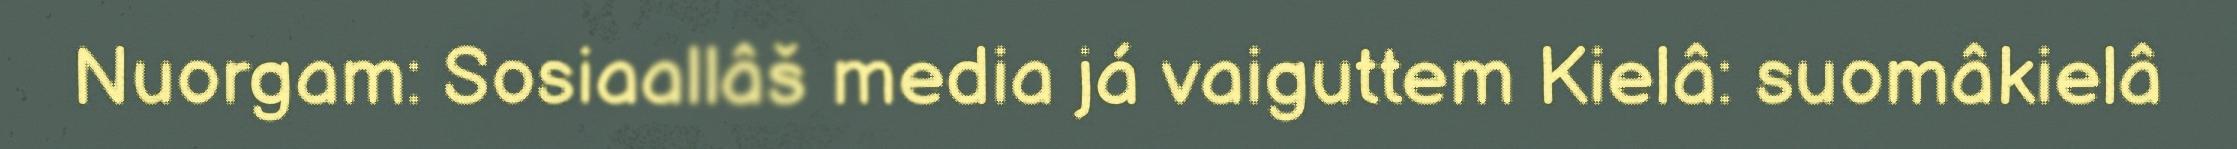
Nuorgam: Sosiaallâš media já vaiguttem Kielâ: suomâkielâ